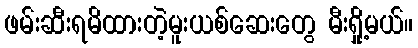
ဖမ်းဆီးရမိထားတဲ့မူးယစ်ဆေးတွေ မီးရှို့မယ်။